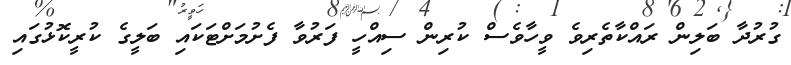
ގުރުދާ ބަލިން ރައްކާތެރިވެ ވީހާވެސް ކުރިން ސިއްހީ ފަރުވާ ފެށުމަށްޓަކައި ބަލީގެ ކުރީކޮޅުގައި